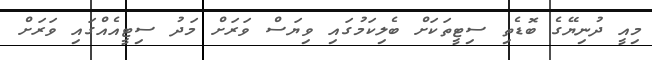
މިއީ ދުނިޔޭގެ ބޮޑެތި ސިޓީތަކަށް ބެލިކަމުގައި ވިޔަސް ވަރަށް މަދު ސިޓީއެއްގައި ވަރަށް